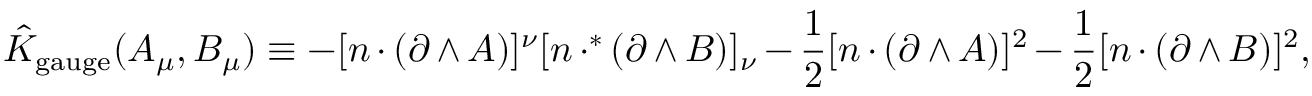
\hat { K } _ { \mathrm { g a u g e } } ( A _ { \mu } , B _ { \mu } ) \equiv - [ n \cdot ( \partial \wedge A ) ] ^ { \nu } [ n \cdot ^ { * } ( \partial \wedge B ) ] _ { \nu } - { \frac { 1 } { 2 } } [ n \cdot ( \partial \wedge A ) ] ^ { 2 } - { \frac { 1 } { 2 } } [ n \cdot ( \partial \wedge B ) ] ^ { 2 } ,